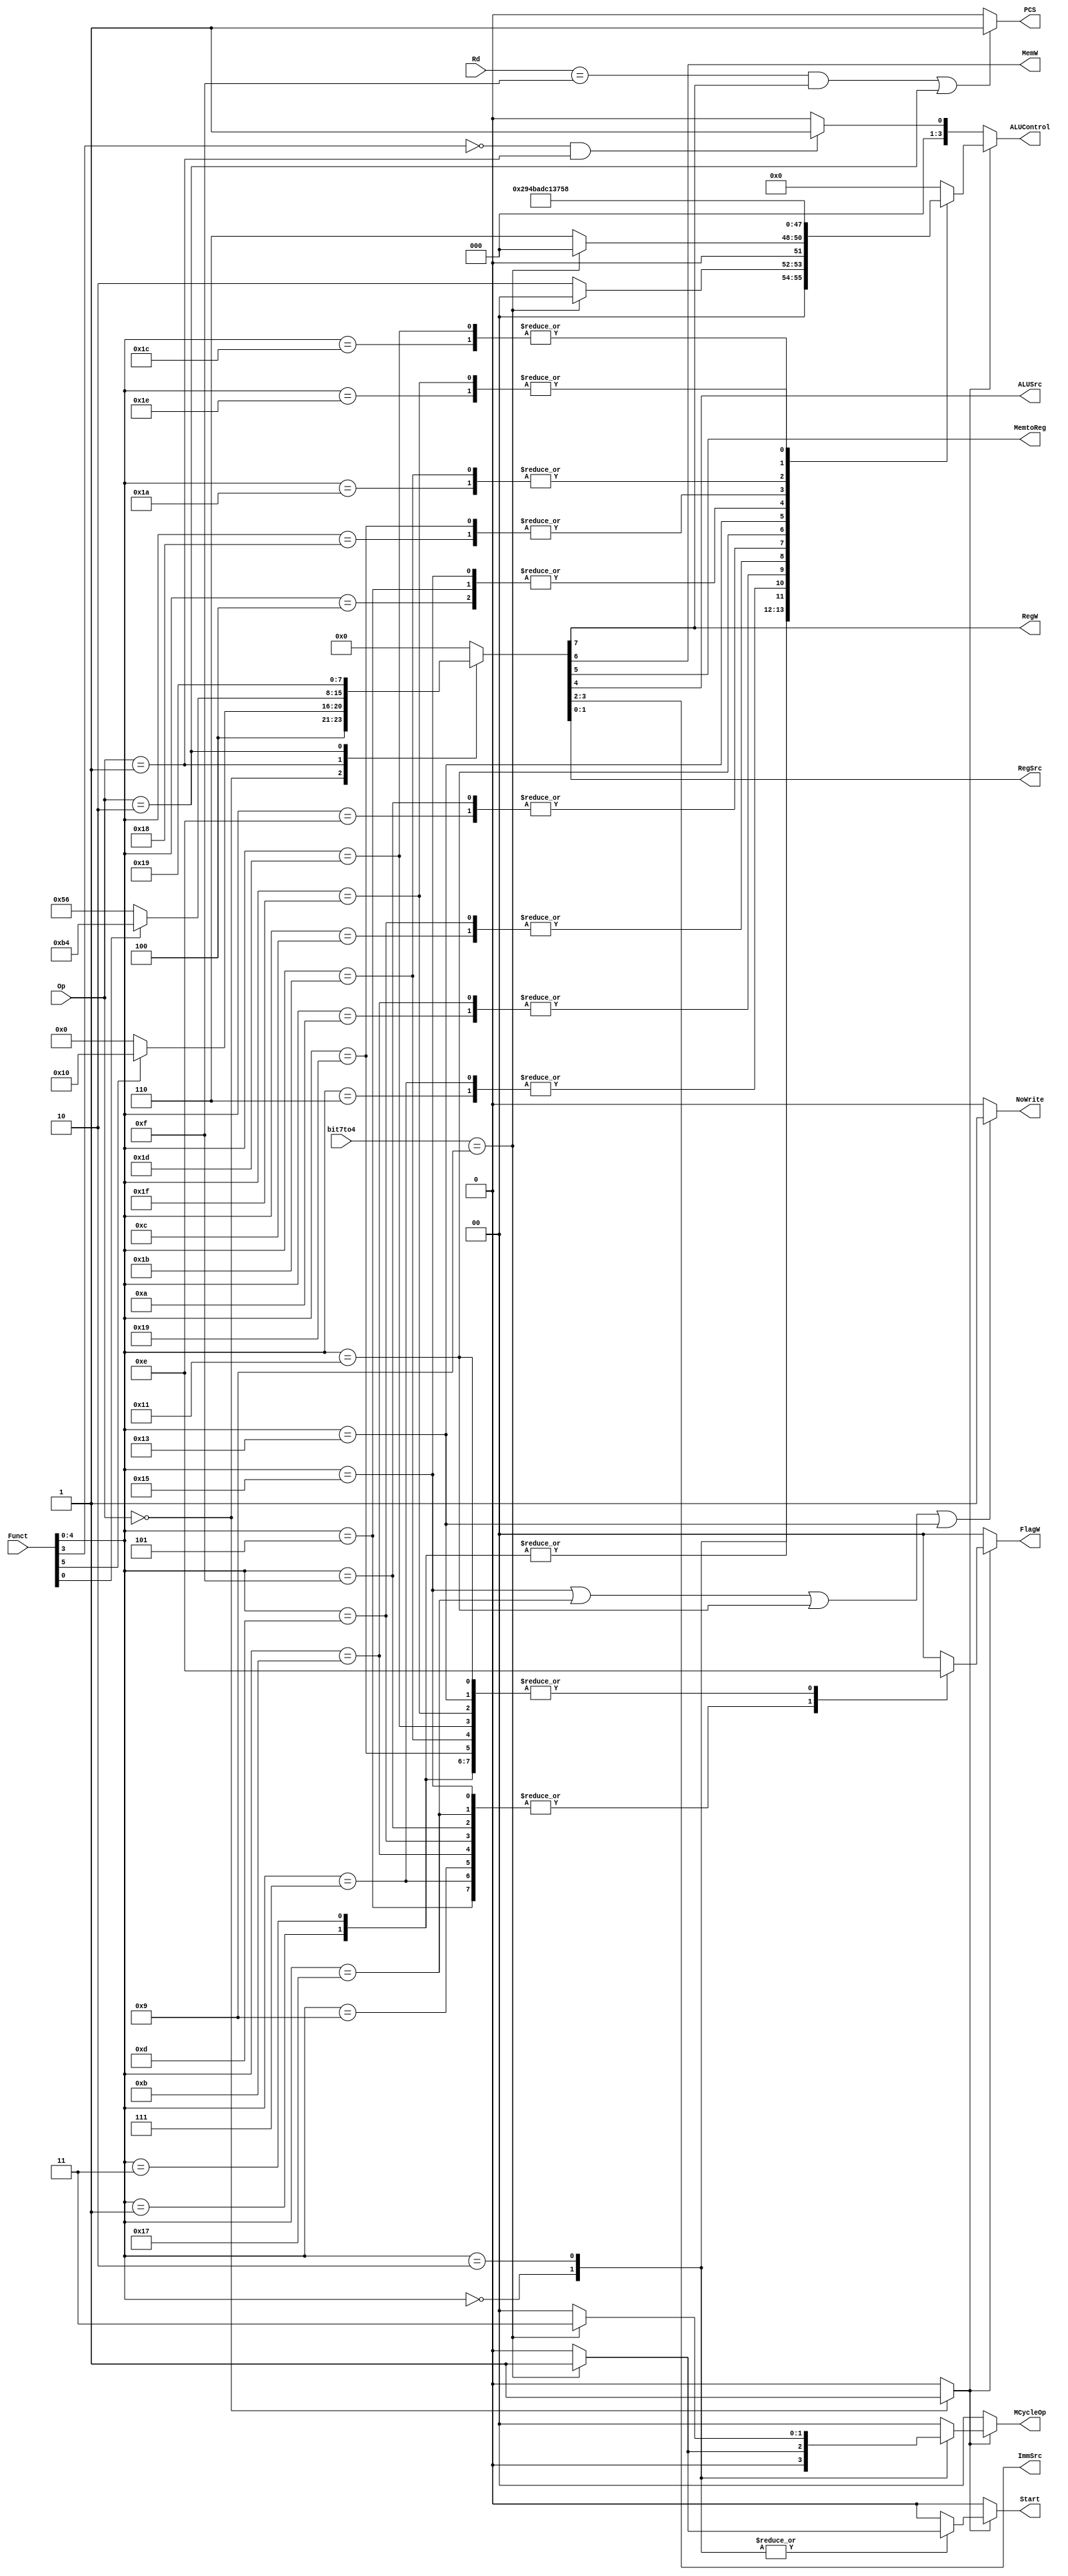
`timescale 1ns / 1ps
/*
----------------------------------------------------------------------------------
-- Company: NUS	
-- Engineer: (c) Shahzor Ahmad and Rajesh Panicker  
-- 
-- Create Date: 09/23/2015 06:49:10 PM
-- Module Name: Decoder
-- Project Name: CG3207 Project
-- Target Devices: Nexys 4 (Artix 7 100T)
-- Tool Versions: Vivado 2015.2
-- Description: Decoder Module
-- 
-- Dependencies: NIL
-- 
-- Revision:
-- Revision 0.01 - File Created
-- Additional Comments:
-- 
----------------------------------------------------------------------------------

----------------------------------------------------------------------------------
--	License terms :
--	You are free to use this code as long as you
--		(i) DO NOT post it on any public repository;
--		(ii) use it only for educational purposes;
--		(iii) accept the responsibility to ensure that your implementation does not violate any intellectual property of ARM Holdings or other entities.
--		(iv) accept that the program is provided "as is" without warranty of any kind or assurance regarding its suitability for any particular purpose;
--		(v)	acknowledge that the program was written based on the microarchitecture described in the book Digital Design and Computer Architecture, ARM Edition by Harris and Harris;
--		(vi) send an email to rajesh.panicker@ieee.org briefly mentioning its use (except when used for the course CG3207 at the National University of Singapore);
--		(vii) retain this notice in this file or any files derived from this.
----------------------------------------------------------------------------------
*/

module Decoder(
    input [3:0] Rd, //destination/source register depending on DP/LDR/STR
    input [1:0] Op, // 00 - DP, 01 - Memory, 10 - Branch
    input [5:0] Funct, // I CMD S for DP, I PUBWL for Memory, 1Link for branch
    input [3:0] bit7to4,
    output PCS, // PCS = ((Rd == 15) & RegW) | Branch --> slide 44
    output RegW, // RegW = 1 if it is LDR, DP else 0
    output MemW, // MemW = 1 if it is STR
    output MemtoReg, // MemtoReg = 1 if it is LDR, X if it is STR and 0 if DP/B
    output ALUSrc, // ALUSrc = 0 if DP Reg, else 1
    output [1:0] ImmSrc, // ImmSrc = 00 means zero-extended imm8 which is DP imm, 01 means zero extended imm12 which is LDR/STR, 10 means sign extended imm24 which is branch
    output [1:0] RegSrc, // bit 0 checks if destination is PC which is from Branch, bit 1 checks if register is a source which is from STR
    output NoWrite, // set to 1 if its CMP/CMN
    output reg [3:0] ALUControl, // 00 for anything that is not DP, 00 for ADD, 01 for SUB, 10 for AND, 11 for ORR
    output reg [1:0] FlagW, // FlagW[0] = 1: CV (ALUFlags[1:0] should be saved). FlagW[1] = 1: NZ (ALUFlags[3:2] should be saved). ADDS/SUBS is 11. ANDS/ORRS is 10. without s flag its 00
    output reg Start,
    output reg [1:0] MCycleOp
    );
    
    wire[1:0] ALUOp ; // set to 1x if its dp, 00 if ldr/str with positive offset, 01 if ldr/str with negative offset
    reg [9:0] controls ; // PCS[9], RegW[8], MemW[7], MemtoReg[6], ALUSrc[5], ImmSrc[4:3], RegSrc[2:1], NoWrite[0]
    //<extra signals, if any>
    assign ALUOp[1] = (Op == 2'b00) ? 1'b1 : 1'b0; //If Instruction is a DP Instruction, ALUOp[1] = 1
    assign ALUOp[0] = ((Funct[3] == 1'b0) && (Op == 2'b01)) ? 1'b1 : 1'b0 ; //If Instruction is a Memory Instruction and there is negative immediate offset, AluOp[2] = 1
    always @(*) begin
        case(Op)
            2'b00: begin //DP instruction
                if (Funct[5]) //DP Imm
                    controls[8:1] = 8'b10010000;      //If Funct[5] is 1, there is Immediate Offset, ALUSrc set to 1 to use values from Src2
                else
                    controls[8:1] = 8'b10000000;      //Else if Funct[5] is 0, there is no Immediate Offset, ALUSrc is 0, to use the values from RD2                                
            end
            2'b01: begin //Memory Instruction
                if (Funct[0])
                    controls[8:1] = 8'b10110100;      //If Funct[0] is 1, it is a LDR instruction, RegW = 1, MemToReg = 1, ALUSrc = 1, ImmSrc = 2'b01 for Zero-extended Imm12
                else
                    controls[8:1] = 8'b01010110;      //If Funct[0] is 0, it is a STR instruction, MemW = 1, ALUSrc = 1, ImmSrc = 2'b01 for Zero-extended Imm12, RegSrc = 2'b10 to use the values of Rd
            end
            2'b10: controls[8:1] = 8'b00011001; //For all Branch Instruction, ALUSrc = 1 to use values from imm24, ImmSrc = 2'b10 for Sign-extended Imm24, RegSrc = 2'bX1 to use R15 
            default: controls = 0; //If instruction op code is none of the above, set all controls to 0
        endcase
        
        if (ALUOp[1]) begin //Set the corresponding ALUControl and FlagW values by their specific DP Instruction if ALUOp[1] is 1
            Start = 1'b0;
            MCycleOp = 2'b00;
            
            case(Funct[4:0])
                5'b00000: begin //DP AND/MUL Instr
                    if(bit7to4 == 4'b1001) begin //DP MUL Instr
                        Start = 1;
                        MCycleOp = 2'b01; //2'b01 for Unsigned Multiplication
                        ALUControl = 4'b0000;
                        FlagW = 2'b00;      
                    end
                    else begin
                        ALUControl = 4'b0010; //Denotes AND Instr
                        FlagW = 2'b00; //Dont save any flags
                    end
                end
                 
                5'b00001: begin //DP ANDS Instr
                    ALUControl = 4'b0010; //Denotes AND Instr
                    FlagW = 2'b10; //Only save N and Z flag
                end
                 
                5'b00010: begin //DP EOR/DIV Instr
                    if(bit7to4 == 4'b1001) begin //DP Unsigned DIV Instr
                        ALUControl = 4'b0000;
                        Start = 1;
                        MCycleOp = 2'b11;
                        FlagW = 2'b00;
                    end
                    else begin //DP EOR Instr
                        ALUControl = 4'b0110; //Denotes EOR Instr
                        FlagW = 2'b00; //Dont save any flags    
                    end
                end
                
                5'b00011: begin //DP EORS Instr
                    ALUControl = 4'b0010; //Denotes EOR Instr
                    FlagW = 2'b10; //Only save N and Z Flag
                end
                
                5'b00100: begin //DP SUB Instr
                    ALUControl = 4'b0001; //Denotes SUB Instr
                    FlagW = 2'b00; //Dont save any flags
                end
                 
                5'b00101: begin //DP SUBS Instr
                    ALUControl = 4'b0001; //Denotes SUB Instr
                    FlagW = 2'b11; //Save all N,Z,C and V Flags
                end
                 
                5'b00110: begin //DP RSB Instr
                    ALUControl = 4'b1001; //Denotes RSB Instr
                    FlagW = 2'b00; //Dont save any flags
                end
                
                5'b00111: begin //DP RSBS Instr
                    ALUControl = 4'b1001; //Denotes RSB Instr
                    FlagW = 2'b11; 
                end
                
                5'b01000: begin //DP ADD Instr
                    ALUControl = 4'b0000; //Denotes ADD Instr
                    FlagW = 2'b00; //Dont save any flags
                end
                
                5'b01001: begin //DP ADDS Instr
                    ALUControl = 4'b0000; //Denotes ADD Instr
                    FlagW = 2'b11; //Save all N,Z,C and V Flags
                end
                
                5'b01010: begin //DP ADC Instr
                    ALUControl = 4'b0100; //Denotes ADC Instr
                    FlagW = 2'b00; //Dont save any flags
                end
                 
                5'b01011: begin //DP ADCS Instr
                    ALUControl = 4'b0100; ///Denotes ADC Instr
                    FlagW = 2'b11; //Save all N,Z,C and V flags
                end
                 
                5'b01100: begin //DP SBC Instr
                    ALUControl = 4'b1011; //Denotes SBC Instr
                    FlagW = 2'b00; //Dont save any flags 
                end
                 
                5'b01101: begin //DP SBCS Instr
                    ALUControl = 4'b1011; //Denotes SBC Instr
                    FlagW = 2'b11;
                end
                
                5'b01110: begin //DP RSC Instr
                    ALUControl = 4'b1010; //Denotes RSC Instr
                    FlagW = 2'b00; //Dont save any flags
                end
                
                5'b01111: begin //DP RSCS Instr               
                    ALUControl = 4'b1010; //Denotes RSC Instr
                    FlagW = 2'b11;
                end
                
                5'b10001: begin //DP TST Instr               
                    ALUControl = 4'b1101; //Denotes TST Instr
                    FlagW = 2'b10;
                end
                
                5'b10011: begin //DP TEQ Instr               
                    ALUControl = 4'b1100; //Denotes TEQ Inst
                    FlagW = 2'b10;
                end

                5'b10101: begin //DP CMP Instr
                    ALUControl = 4'b0001; //Denotes SUB Instr
                    FlagW = 2'b11; //Save all N,Z,C and V Flags
                end
                 
                5'b10111: begin //DP CMN Instr
                    ALUControl = 4'b0000; //Denotes ADD Instr
                    FlagW = 2'b11; //Save all N,Z,C and V Flags
                end
                
                5'b11000: begin //DP ORR Instr
                    ALUControl = 4'b0011; //Denotes ORR Instr
                    FlagW = 2'b00; //Dont save any flags
                end
                 
                5'b11001: begin //DP ORRS Instr
                    ALUControl = 4'b0011; //Denotes ORR Instr
                    FlagW = 2'b10; //Only save N and Z flags
                end
                
                5'b11010: begin //DP MOV Instr
                    ALUControl = 4'b0111; //Denotes MOV Instr
                    FlagW = 2'b00; //Do not save any flags
                end
                
                5'b11011: begin //DP MOVS Instr
                    ALUControl = 4'b0111; //Denotes MOV Instr
                    FlagW = 2'b10; //Only save N and Z Flags
                end
                
                5'b11100: begin //DP BIC Instr
                    ALUControl = 4'b0101; //Denotes BIC Instr
                    FlagW = 2'b00; //Do not save nay flags
                end
                
                5'b11101: begin //DP BICS Instr
                    ALUControl = 4'b0101; //Denotes BIC Instr
                    FlagW = 2'b10; //Only save N and Z flag
                end
                
                5'b11110: begin //DP MVN Instr
                    ALUControl = 4'b1000; //Denotes MVN Instr
                    FlagW = 2'b00; //Do not save any flags
                end
                
                5'b11111: begin //DP MVNS Instr
                    ALUControl = 4'b1000; //Denotes MVN Instr
                    FlagW = 2'b10; //Only save N,Z flags
                end
                            
                default: begin //If no such DP Instr, set ALUControl and FlagW to 2'b00
                    ALUControl = 4'b0000; 
                    FlagW = 2'b00;
                end
            endcase
        end
        //For non DP Instructions, ALUControl = ALUOp, so that if there is a Memory Instr with offset, ALUControl will be 2'b00 for positive offset, and 2'b01 for negative offset
        else begin  
            ALUControl = ALUOp;
            FlagW = 2'b00;
            MCycleOp = 2'b00;
            Start = 1'b0;
        end        
        controls[0] = (Funct[4:0] == 5'b10101 || Funct[4:0] == 5'b10111 || Funct[4:0] == 5'b10001 || Funct[4:0] == 5'b10011) ? 1'b1 : 1'b0; //NoWrite if its CMP or CMN then 1 else 0
        controls[9] = (((Rd == 15) & controls[8]) | (Op == 2'b10)) ? 1'b1 : 1'b0; // PCS if its branch or destination is 15 and reg write then 1 else 0
    end
    
    assign PCS = controls[9];
    assign RegW = controls[8];
    assign MemW = controls[7];
    assign MemtoReg = controls[6];
    assign ALUSrc = controls[5];
    assign ImmSrc = controls[4:3];
    assign RegSrc = controls[2:1];
    assign NoWrite = controls[0];
endmodule